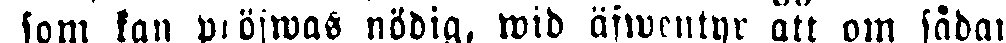
somklan pröfwas nödig, wid äfwentyr att om sådan